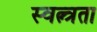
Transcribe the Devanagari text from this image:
स्वत्न्त्रता